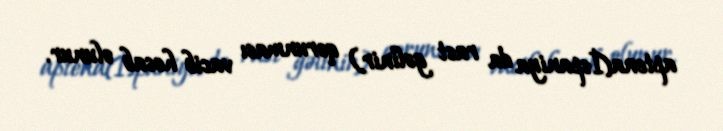
aptena(İspaniya da rast gəlinir) qorunması vacib hesab olunur.